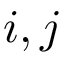
i , j